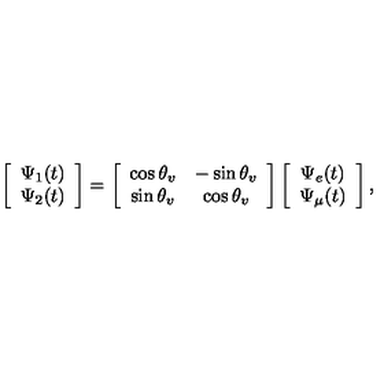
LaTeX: \left[ \begin{array} { c c } { \Psi _ { 1 } ( t ) } \\ { \Psi _ { 2 } ( t ) } \\ \end{array} \right] = \left[ \begin{array} { c c } { \cos { \theta _ { v } } } & { - \sin { \theta _ { v } } } \\ { \sin { \theta _ { v } } } & { \cos { \theta _ { v } } } \\ \end{array} \right] \left[ \begin{array} { c c } { \Psi _ { e } ( t ) } \\ { \Psi _ { \mu } ( t ) } \\ \end{array} \right] ,